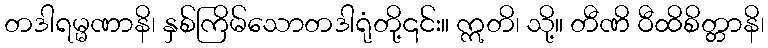
တဒါရမ္မဏာနိ၊ နှစ်ကြိမ်သောတဒါရုံတို့၎င်း။ ဣတိ၊ သို့။ တီဏိ ဝီထိစိတ္တာနိ၊